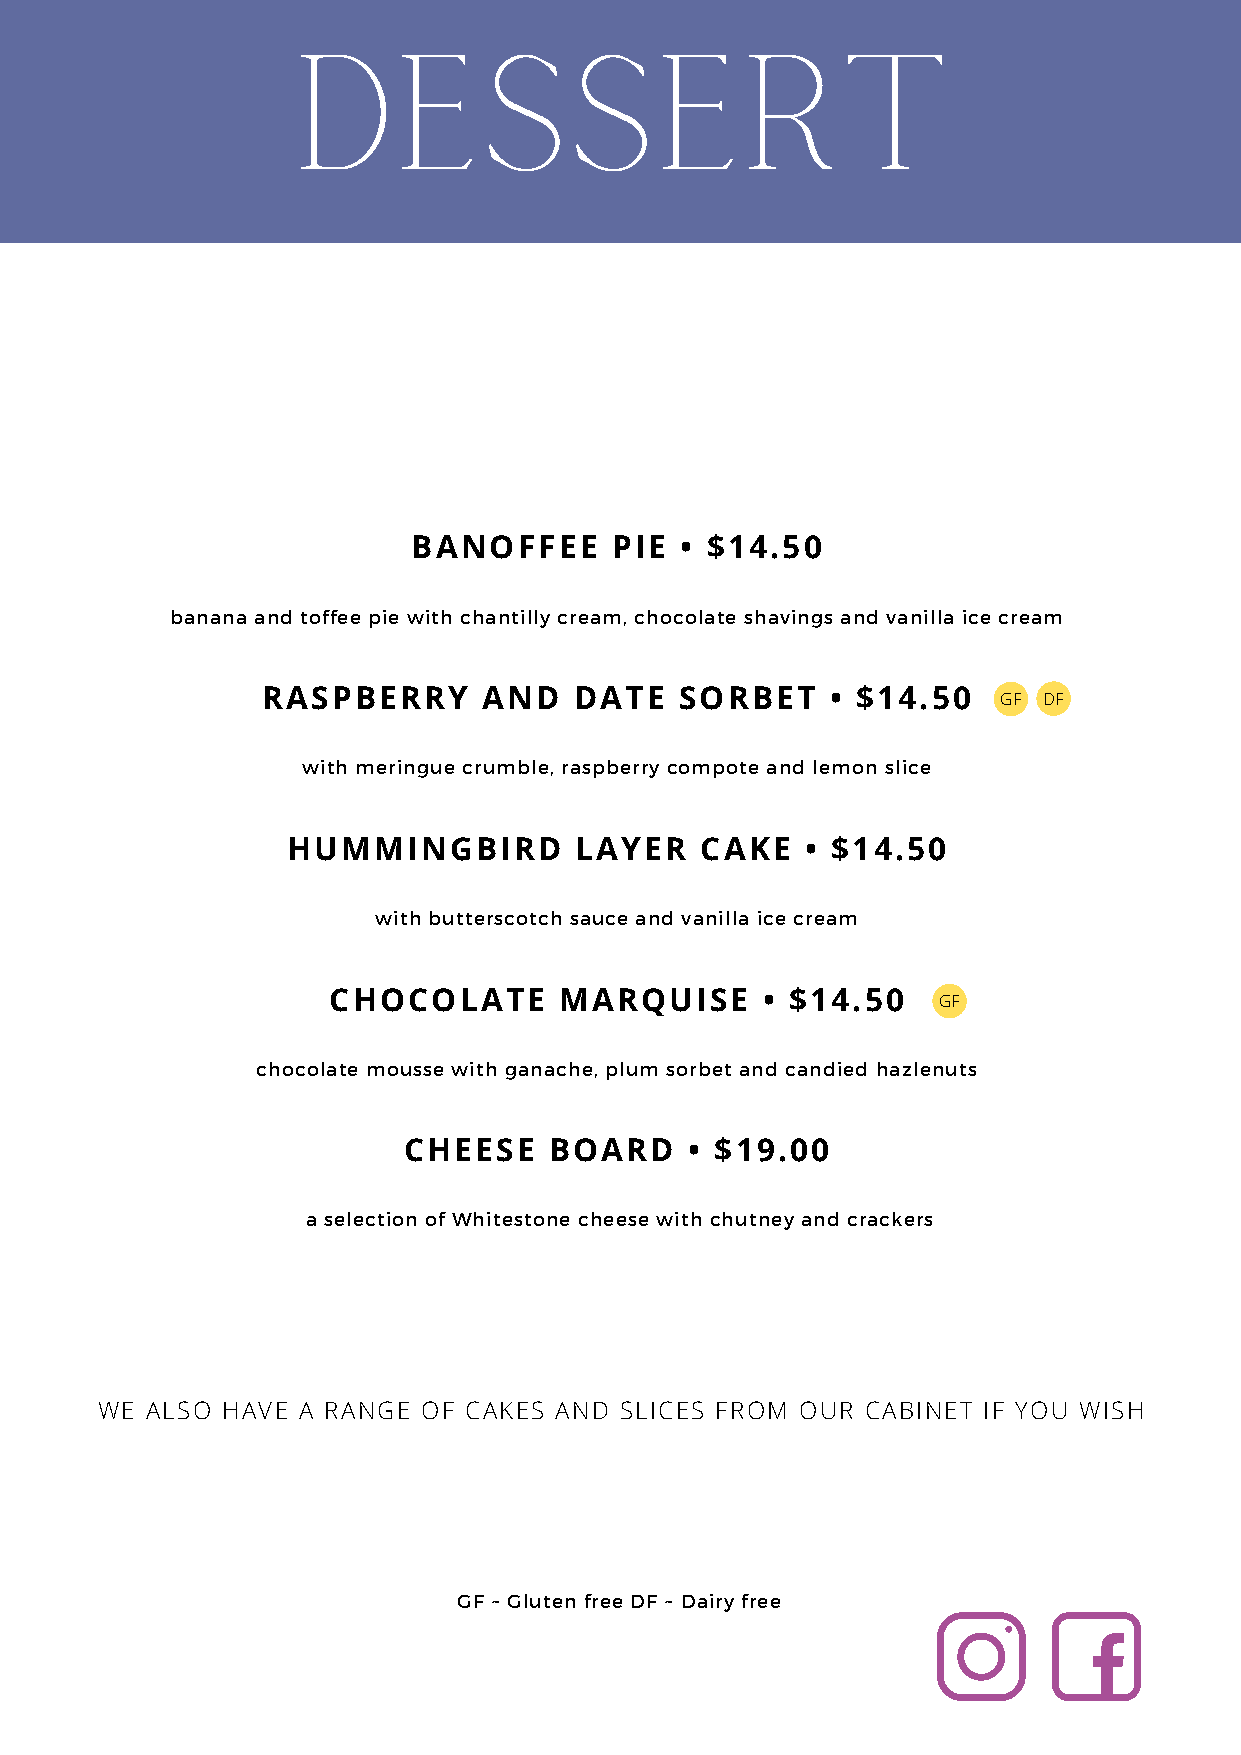
DESSERT
 BANOFFEE     PIE  • $14.50
 banana and toffee pie with chantilly cream, chocolate shavings and vanilla ice cream
 RASPBERRY      AND   DATE   SORBET    • $14.50   GF DF
 with meringue crumble, raspberry compote and lemon slice
 HUMMINGBIRD        LAYER   CAKE   • $14.50
 with butterscotch sauce and vanilla ice cream
 CHOCOLATE      MARQUISE     • $14.50
 GF
 chocolate mousse with ganache, plum sorbet and candied hazlenuts
 CHEESE   BOARD     • $19.00
 a selection of Whitestone cheese with chutney and crackers
 WE  ALSO HAVE A RANGE OF CAKES AND SLICES FROM OUR CABINET IF YOU WISH
 GF ~ Gluten free DF ~ Dairy free